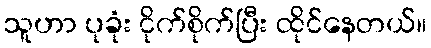
သူဟာ ပုခုံး ငိုက်စိုက်ပြီး ထိုင်နေတယ်။